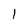
Character: l